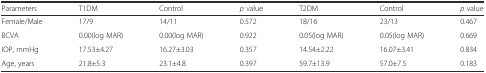
| Parameters | T1DM | Control | p value | T2DM | Control | p value |
 | --- | --- | --- | --- | --- | --- | --- |
 | Female/Male | 17/9 | 14/11 | 0.572 | 18/16 | 23/13 | 0.467 |
 | BCVA | 0.00(log MAR) | 0.00(log MAR) | 0.922 | 0.05(log MAR) | 0.05(log MAR) | 0.669 |
 | IOP, mmHg | 17.53±4.27 | 16.27±3.03 | 0.357 | 14.54±2.22 | 16.07±3.41 | 0.834 |
 | Age, years | 21.8±5.3 | 23.1±4.8 | 0.397 | 59.7±13.9 | 57.0±7.5 | 0.183 |